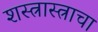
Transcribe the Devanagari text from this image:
शस्त्रास्त्राचा